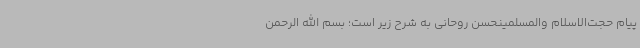
پیام حجت‌الاسلام والمسلمینحسن روحانی به شرح زیر است؛ بسم الله الرحمن